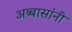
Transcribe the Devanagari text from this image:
अब्बासांनी